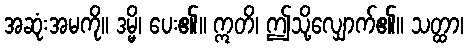
အဆုံးအမကို။ ဒမ္မိ၊ ပေး၏။ ဣတိ၊ ဤသို့လျှောက်၏။ သတ္ထာ၊